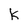
Character: K